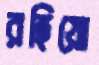
রহিয়ো